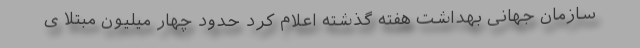
سازمان جهانی بهداشت هفته گذشته اعلام کرد حدود چهار میلیون مبتلا ی